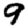
Digit: 9